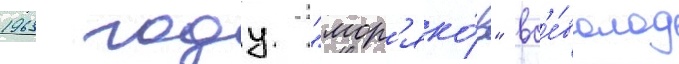
1963 году "мор'яко́в" вс'е́волод